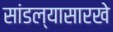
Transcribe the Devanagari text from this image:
सांडल्यासारखे